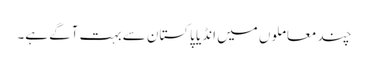
چند معاملوں میں انڈیا پاکستان سے بہت آگے ہے۔